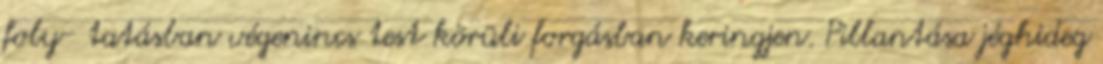
foly- tatásban végenincs test körüli forgásban keringjen. Pillantása jéghideg